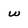
Character: W